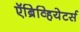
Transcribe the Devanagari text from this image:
ऍब्रिव्हियेटर्स